Elephants and their diseases
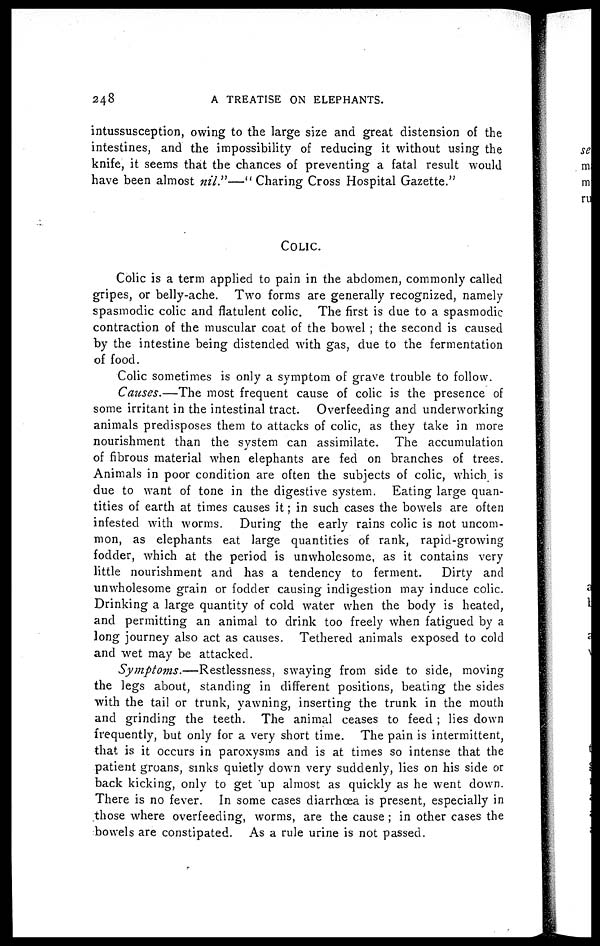
248
A TREATISE ON ELEPHANTS.
intussusception, owing to the large size and great distension of the
intestines, and the impossibility of reducing it without using the
knife, it seems that the chances of preventing a fatal result would
have been almost "nil." — "Charing Cross Hospital Gazette."
COLIC.
Colic is a term applied to pain in the abdomen, commonly called
gripes, or belly-ache. Two forms are generally recognized, namely
spasmodic colic and flatulent colic. The first is due to a spasmodic
contraction of the muscular coat of the bowel ; the second is caused
by the intestine being distended with gas, due to the fermentation
of food.
Colic sometimes is only a symptom of grave trouble to follow.
Causes.—The most frequent cause of colic is the presence of
some irritant in the intestinal tract. Overfeeding and underworking
animals predisposes them to attacks of colic, as they take in more
nourishment than the system can assimilate. The accumulation
of fibrous material when elephants are fed on branches of trees.
Animals in poor condition are often the subjects of colic, which is
due to want of tone in the digestive system. Eating large quan-
tities of earth at times causes it ; in such cases the bowels are often
infested with worms. During the early rains colic is not uncom-
mon, as elephants eat large quantities of rank, rapid-growing
fodder, which at the period is unwholesome, as it contains very
little nourishment and has a tendency to ferment.
Dirty and
unwholesome grain or fodder causing indigestion may induce colic.
Drinking a large quantity of cold water when the body is heated,
and permitting an animal to drink too freely when fatigued by a
long journey also act as causes. Tethered animals exposed to cold
and wet may be attacked.
Symptoms.—Restlessness,
swaying from side to side, moving
the legs about, standing in different positions, beating the sides
with the tail or trunk, yawning, inserting the trunk in the mouth
and grinding the teeth. The animal ceases to feed ; lies down
frequently, but only for a very short time. The pain is intermittent,
that is it occurs in paroxysms and is at times so intense that the
patient groans, sinks quietly down very suddenly, lies on his side or
back kicking, only to get up almost as quickly as he went down.
There is no fever. In some cases diarrhoea is present, especially in
those where overfeeding, worms, are the cause ; in other cases the
bowels are constipated. As a rule urine is not passed.